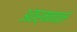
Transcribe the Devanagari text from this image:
अंतर्मनातले